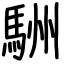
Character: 駲